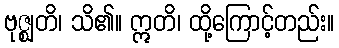
ဗုဇ္ဈတိ၊ သိ၏။ ဣတိ၊ ထို့ကြောင့်တည်း။